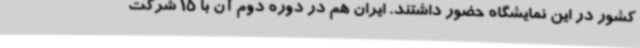
کشور در این نمایشگاه حضور داشتند. ایران هم در دوره دوم آن با 15 شرکت